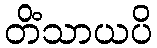
တိံသာယပိ